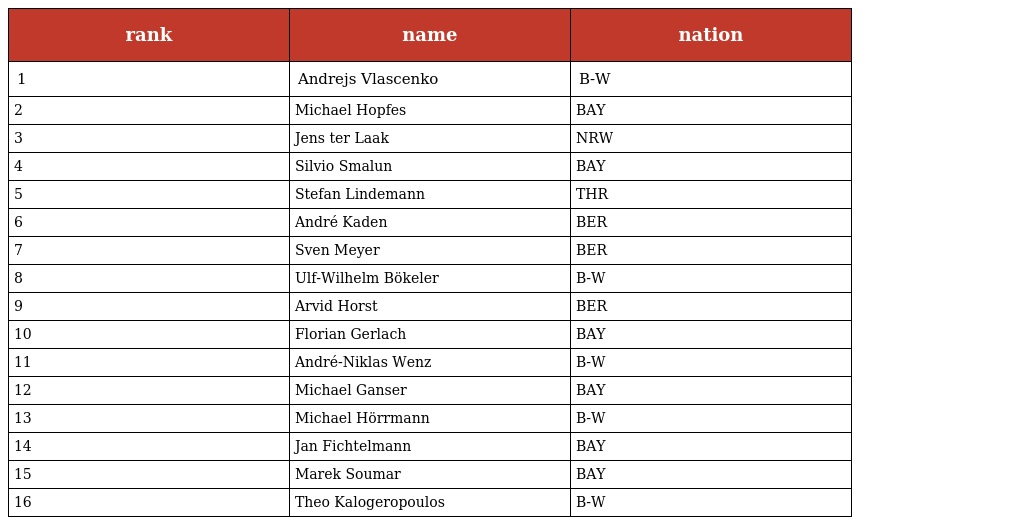
| rank | name | nation |
 | --- | --- | --- |
 | 1 | Andrejs Vlascenko | B-W |
 | 2 | Michael Hopfes | BAY |
 | 3 | Jens ter Laak | NRW |
 | 4 | Silvio Smalun | BAY |
 | 5 | Stefan Lindemann | THR |
 | 6 | André Kaden | BER |
 | 7 | Sven Meyer | BER |
 | 8 | Ulf-Wilhelm Bökeler | B-W |
 | 9 | Arvid Horst | BER |
 | 10 | Florian Gerlach | BAY |
 | 11 | André-Niklas Wenz | B-W |
 | 12 | Michael Ganser | BAY |
 | 13 | Michael Hörrmann | B-W |
 | 14 | Jan Fichtelmann | BAY |
 | 15 | Marek Soumar | BAY |
 | 16 | Theo Kalogeropoulos | B-W |